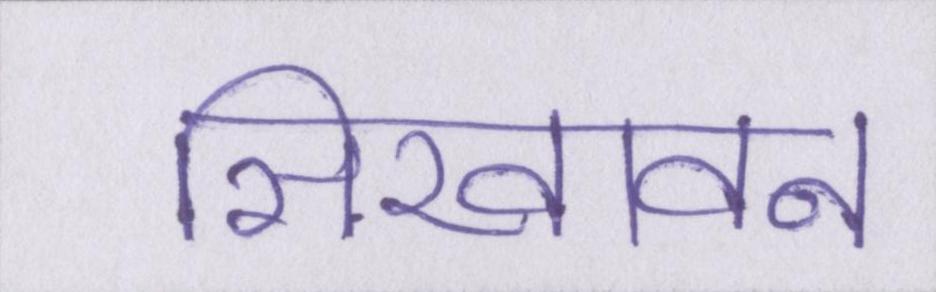
सिखावन